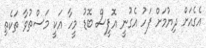
އެގެއަށް ދިޔުމަށް ފަހު އެގުނީ އޮފީސް ބޮޑު މީހާ އަކީ މަސްތުވާ ތަކެތި